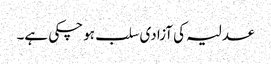
عدلیہ کی آزادی سلب ہو چکی ہے۔